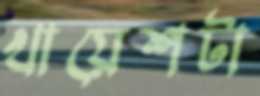
খায়েশটা